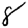
Digit: 8